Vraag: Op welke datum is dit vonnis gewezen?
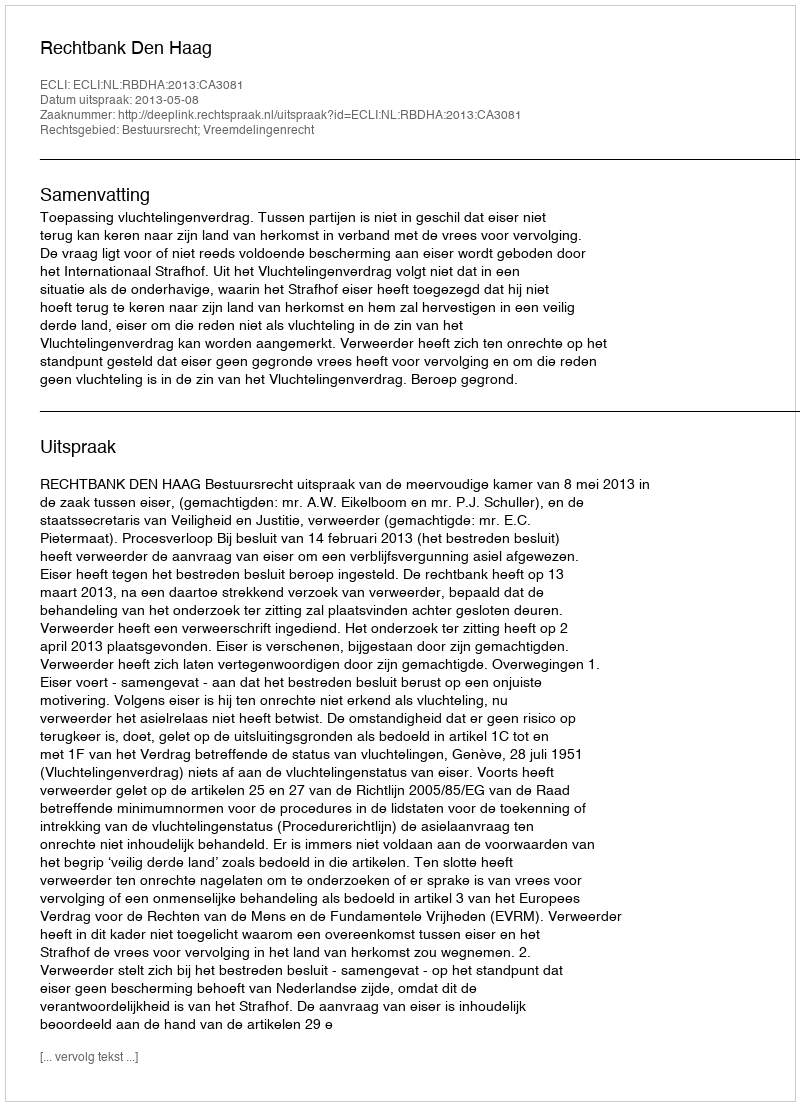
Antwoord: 2013-05-08